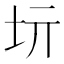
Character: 𡉨